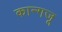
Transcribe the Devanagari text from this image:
कान्गजू